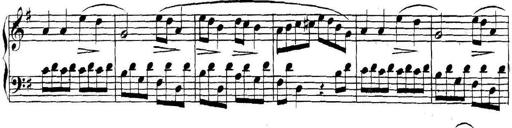
Title: Collected Piano Sonatas
Composer: Muzio Clementi